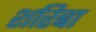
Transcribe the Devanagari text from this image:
शरिबा